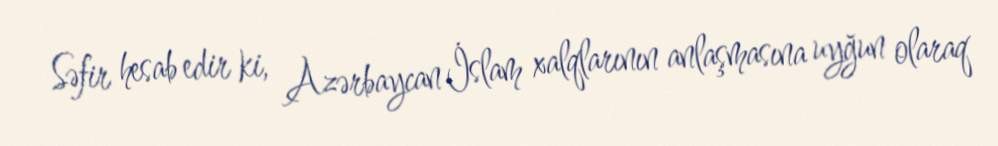
Səfir hesab edir ki, Azərbaycan İslam xalqlarının anlaşmasına uyğun olaraq